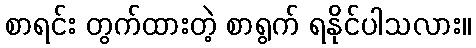
စာရင်း တွက်ထားတဲ့ စာရွက် ရနိုင်ပါသလား။